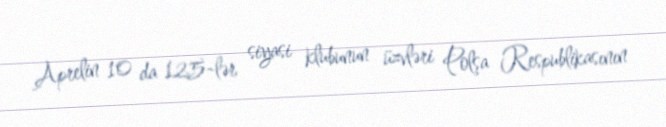
Aprelin 10 da 125-lər siyasi klubunun üzvləri Polşa Respublikasının